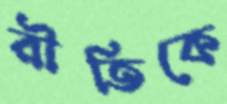
রীতিকে